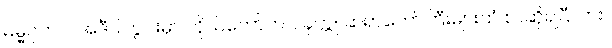
ဓမ္မဂုတ်။ ။ အဲဒီဝါတွင်းမှာ ကိုယ်တော်က ပခုက္ကူ ဆရာတော်ကြီးများထံ စာဆိုရပြီလား။